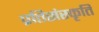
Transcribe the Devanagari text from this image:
प्रतिसंस्कृति